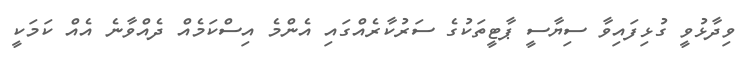
ވިދާޅުވީ ގުޅިފައިވާ ސިޔާސީ ޕާޓީތަކުގެ ސަރުކާރެއްގައި އެންމެ އިސްކަމެއް ދެއްވާނެ އެއް ކަމަކީ